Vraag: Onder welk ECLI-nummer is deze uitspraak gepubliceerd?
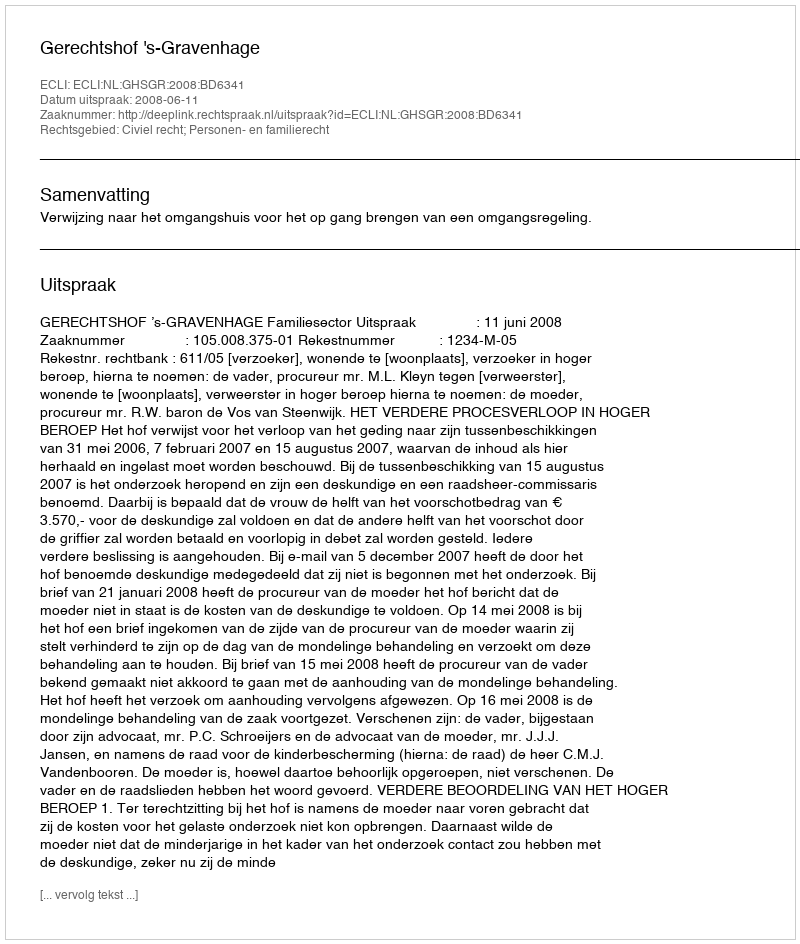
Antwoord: ECLI:NL:GHSGR:2008:BD6341